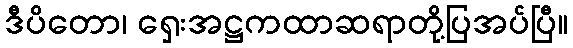
ဒီပိတော၊ ရှေးအဋ္ဌကထာဆရာတို့ပြအပ်ပြီ။